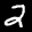
Label: 2